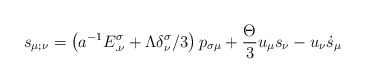
\begin{align*}s_{\mu ;\nu }=\left( a^{-1}E_{.\nu }^{\sigma }+\Lambda \delta _{\nu}^{\sigma }/3\right) p_{\sigma \mu }+\frac{\Theta }{3}u_{\mu }s_{\nu}-u_{\nu }\dot{s}_{\mu } \end{align*}